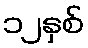
၁၂နှစ်